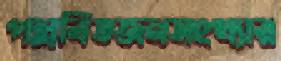
পল্লবিতজনসংখ্যার